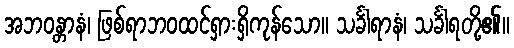
အဘဝန္တာနံ၊ ဖြစ်ရာဘဝထင်ရှားရှိကုန်သော။ သင်္ခါရာနံ၊ သင်္ခါရတို့၏။